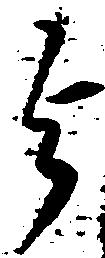
与